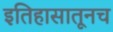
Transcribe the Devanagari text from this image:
इतिहासातूनच